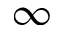
\infty